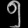
Digit: ၅